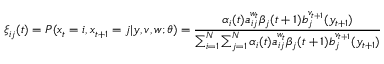
\xi _ { i j } ( t ) = P ( x _ { t } = i , x _ { t + 1 } = j | y , v , w ; \theta ) = { \frac { \alpha _ { i } ( t ) a _ { i j } ^ { w _ { t } } \beta _ { j } ( t + 1 ) b _ { j } ^ { v _ { t + 1 } } ( y _ { t + 1 } ) } { \sum _ { i = 1 } ^ { N } \sum _ { j = 1 } ^ { N } \alpha _ { i } ( t ) a _ { i j } ^ { w _ { t } } \beta _ { j } ( t + 1 ) b _ { j } ^ { v _ { t + 1 } } ( y _ { t + 1 } ) } }